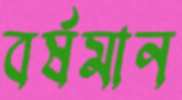
বর্ষমান